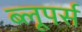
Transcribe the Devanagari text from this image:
ब्लूपर्स